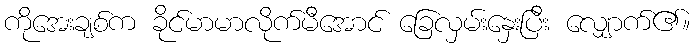
ကိုအေးချစ်က ခိုင်မာမာလိုက်မီအောင် ခြေလှမ်းနှေးပြီး လျှောက်၏။